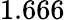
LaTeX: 1.666